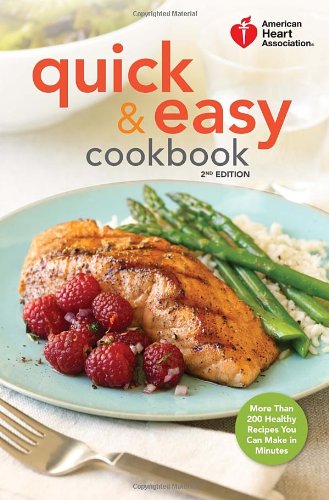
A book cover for American Heart Association Quick & Easy Cookbook, 2nd Edition: More Than 200 Healthy Recipes You Can Make in Minutes; American Heart Association; Cookbooks, Food & Wine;